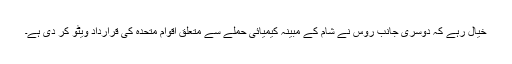
خیال رہے کہ دوسری جانب روس نے شام کے مبینہ کیمیائی حملے سے متعلق اقوام متحدہ کی قرارداد ویٹو کر دی ہے۔